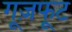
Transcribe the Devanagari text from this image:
गूज़फूट